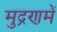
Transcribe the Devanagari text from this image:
मुद्रणमें